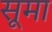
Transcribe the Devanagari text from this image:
सूमा